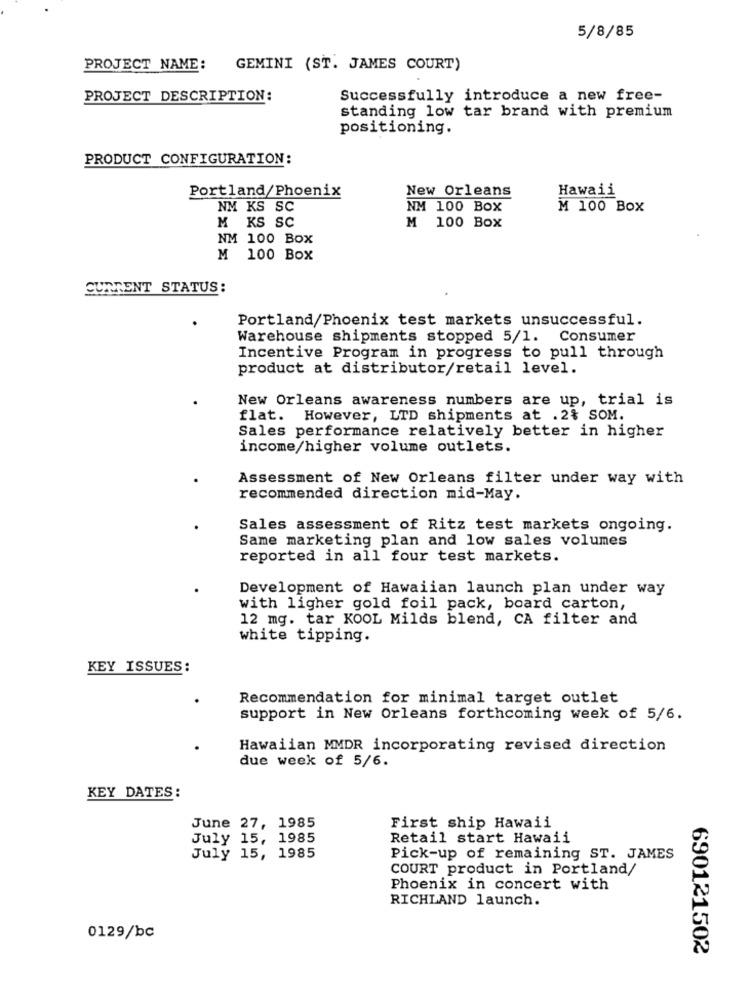
5/8/85
PROJECT NAME:
GEMINI (ST. JAMES COURT)
PROJECT DESCRIPTION:
Successfully introduce a new free-
standing low tar brand with premium
positioning.
PRODUCT CONFIGURATION:
New Orleans
Hawaii
Portland/Phoenix
NM KS SC
NM 100 Box
M 100 Box
M KS SC
M 100 Box
NM 100 Box
M 100 Box
CURRENT STATUS:
Portland/Phoenix test markets unsuccessful.
Warehouse shipments stopped 5/1. Consumer
Incentive Program in progress to pull through
product at distributor/retail level.
New Orleans awareness numbers are up, trial is
flat. However, LTD shipments at . 2% SOM.
Sales performance relatively better in higher
income/higher volume outlets.
Assessment of New Orleans filter under way with
recommended direction mid-May.
Sales assessment of Ritz test markets ongoing.
Same marketing plan and low sales volumes
reported in all four test markets.
Development of Hawaiian launch plan under way
with ligher gold foil pack, board carton,
12 mg. tar KOOL Milds blend, CA filter and
white tipping.
KEY ISSUES:
Recommendation for minimal target outlet
support in New Orleans forthcoming week of 5/6.
Hawaiian MMDR incorporating revised direction
due week of 5/6.
KEY DATES:
June 27, 1985
First ship Hawaii
July 15, 1985
Retail start Hawaii
July 15, 1985
Pick-up of remaining ST. JAMES
COURT product in Portland/
Phoenix in concert with
RICHLAND launch.
0129/bc
690121502